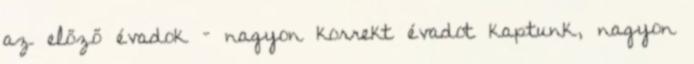
az előző évadok – nagyon korrekt évadot kaptunk, nagyon